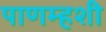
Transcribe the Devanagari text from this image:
पाणम्हशी